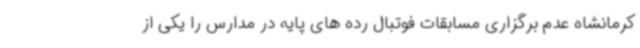
کرمانشاه عدم برگزاری مسابقات فوتبال رده های پایه در مدارس را یکی از